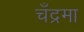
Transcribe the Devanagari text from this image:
चँद्रमा